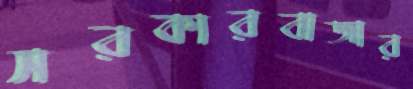
সরকারবাজার